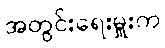
အတွင်းရေးမှူးက